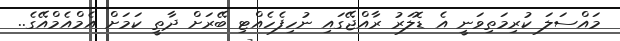
މައްސަލަ ކުރިމަތިވަނީ އެ ޑޮލަރު ރާއްޖޭގައި ނުހިފެހެއްޓި ބޭރަށް ދާތީ ކަމަށް އެމްއެމްއޭގެ..